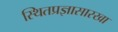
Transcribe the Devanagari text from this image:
स्थितप्रज्ञासारखा